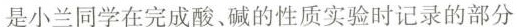
是小兰同学在完成酸、碱的性质实验时记录的部分